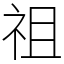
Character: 祖